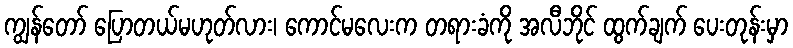
ကျွန်တော် ပြောတယ်မဟုတ်လား၊ ကောင်မလေးက တရားခံကို အလီဘိုင် ထွက်ချက် ပေးတုန်းမှာ